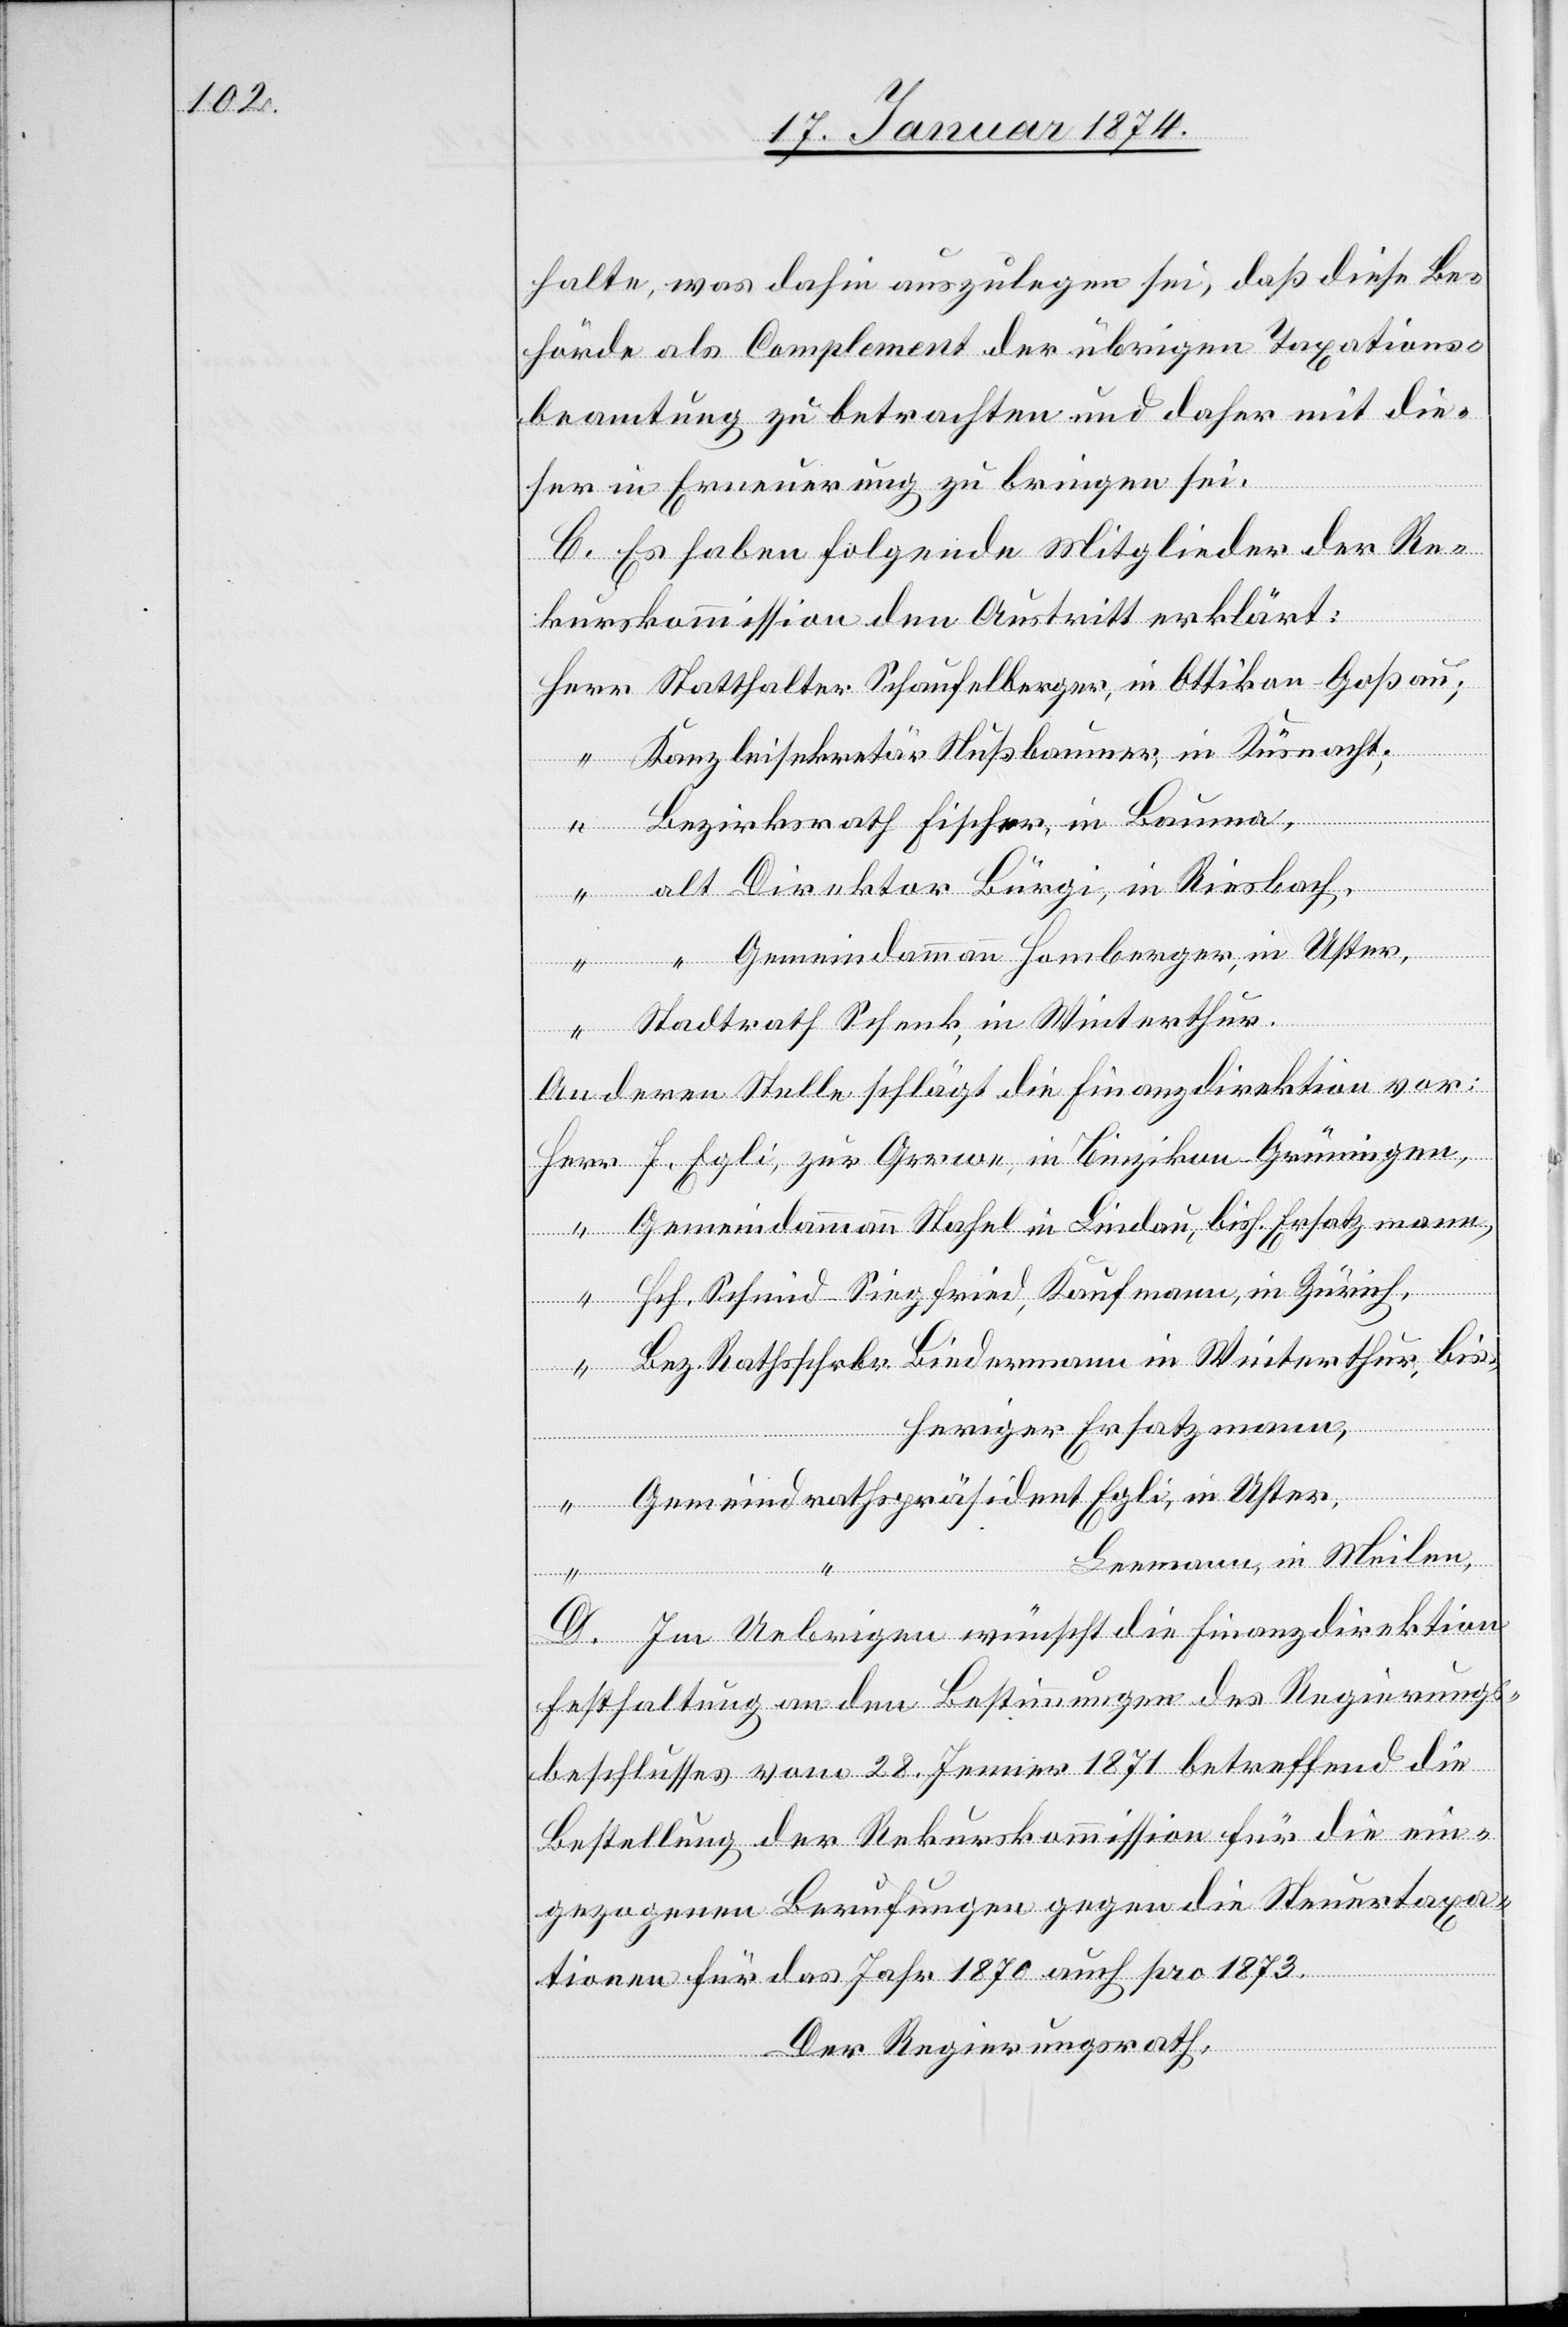
halte, was dahin auszulegen sei, daß diese Be¬
hörde als Complement der übrigen Taxations¬
beamtung zu betrachten und daher mit die¬
sen in Erneuerung zu bringen sei.
C. Es haben folgende Mitglieder der Re¬
kurskommission den Austritt erklärt:
Herr Statthalter Schaufelberger, in Ottikon-Goßau;
“ Bezirksrath Fischer, in Bauma,
“ alt Direktor Bürgi, in Riesbach;
“ “ Gemeindammann Homberger, in Uster,
“ Stadtrath Schenk, in Winterthur.
An deren Stelle schlägt die Finanzdirektion vor:
Herr F. Egli, zur Gerwe, in Binzikon Grüeningen,
“ Gemeindammann Stahel in Lindau, bish. Ersatzmann,
“ Hch. Schmid-Sigfried, Kaufmann, in Zürich,
“ Bez. Rathsschrbr. Biedermann in Winterthur, bis¬
heriger Ersatzmann,
“ Gemeindrathspräsident Egli, in Uster,
Leemann, in Meilen,
D. Im Uebrigen wünscht die Finanzdirektion
Festhaltung an den Bestimmungen des Regierungs¬
beschlusses vom 28. Jenner 1871 betreffend die
Bestellung der Rekurskommission für die ein¬
gezogenen Berufungen gegen die Steuertaxa¬
tionen für das Jahr 1870 auch pro 1873.
Der Regierungsrath,